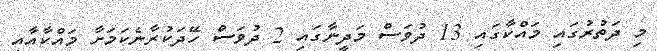
މި ދަތުރުގައި މައްކާގައި 13 ދުވަސް މަދީނާގައި 2 ދުވަސް ހޭދަކުރާނެކަމަށާ މައްކާއާއި